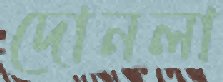
দোনলা